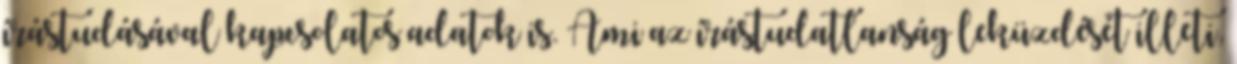
írástudásával kapcsolatos adatok is. Ami az írástudatlanság leküzdését illeti,